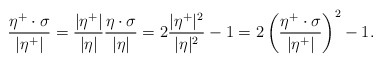
\begin{align*} \frac{\eta^+\cdot\sigma}{|\eta^+|} = \frac{|\eta^+|}{|\eta|} \frac{\eta\cdot\sigma}{|\eta|} = 2\frac{|\eta^+|^2}{|\eta|^2} - 1 = 2 \left(\frac{\eta^+\cdot\sigma}{|\eta^+|}\right)^2 - 1.\end{align*}